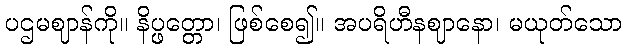
ပဌမဈာန်ကို။ နိပ္ဖတ္တော၊ ဖြစ်စေ၍။ အပရိဟီနဈာနော၊ မယုတ်သော